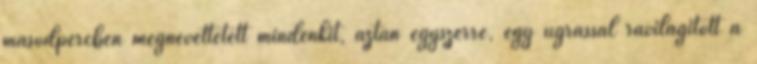
másodpercben megnevettetett mindenkit, aztán egyszerre, egy ugrással rávilágított a